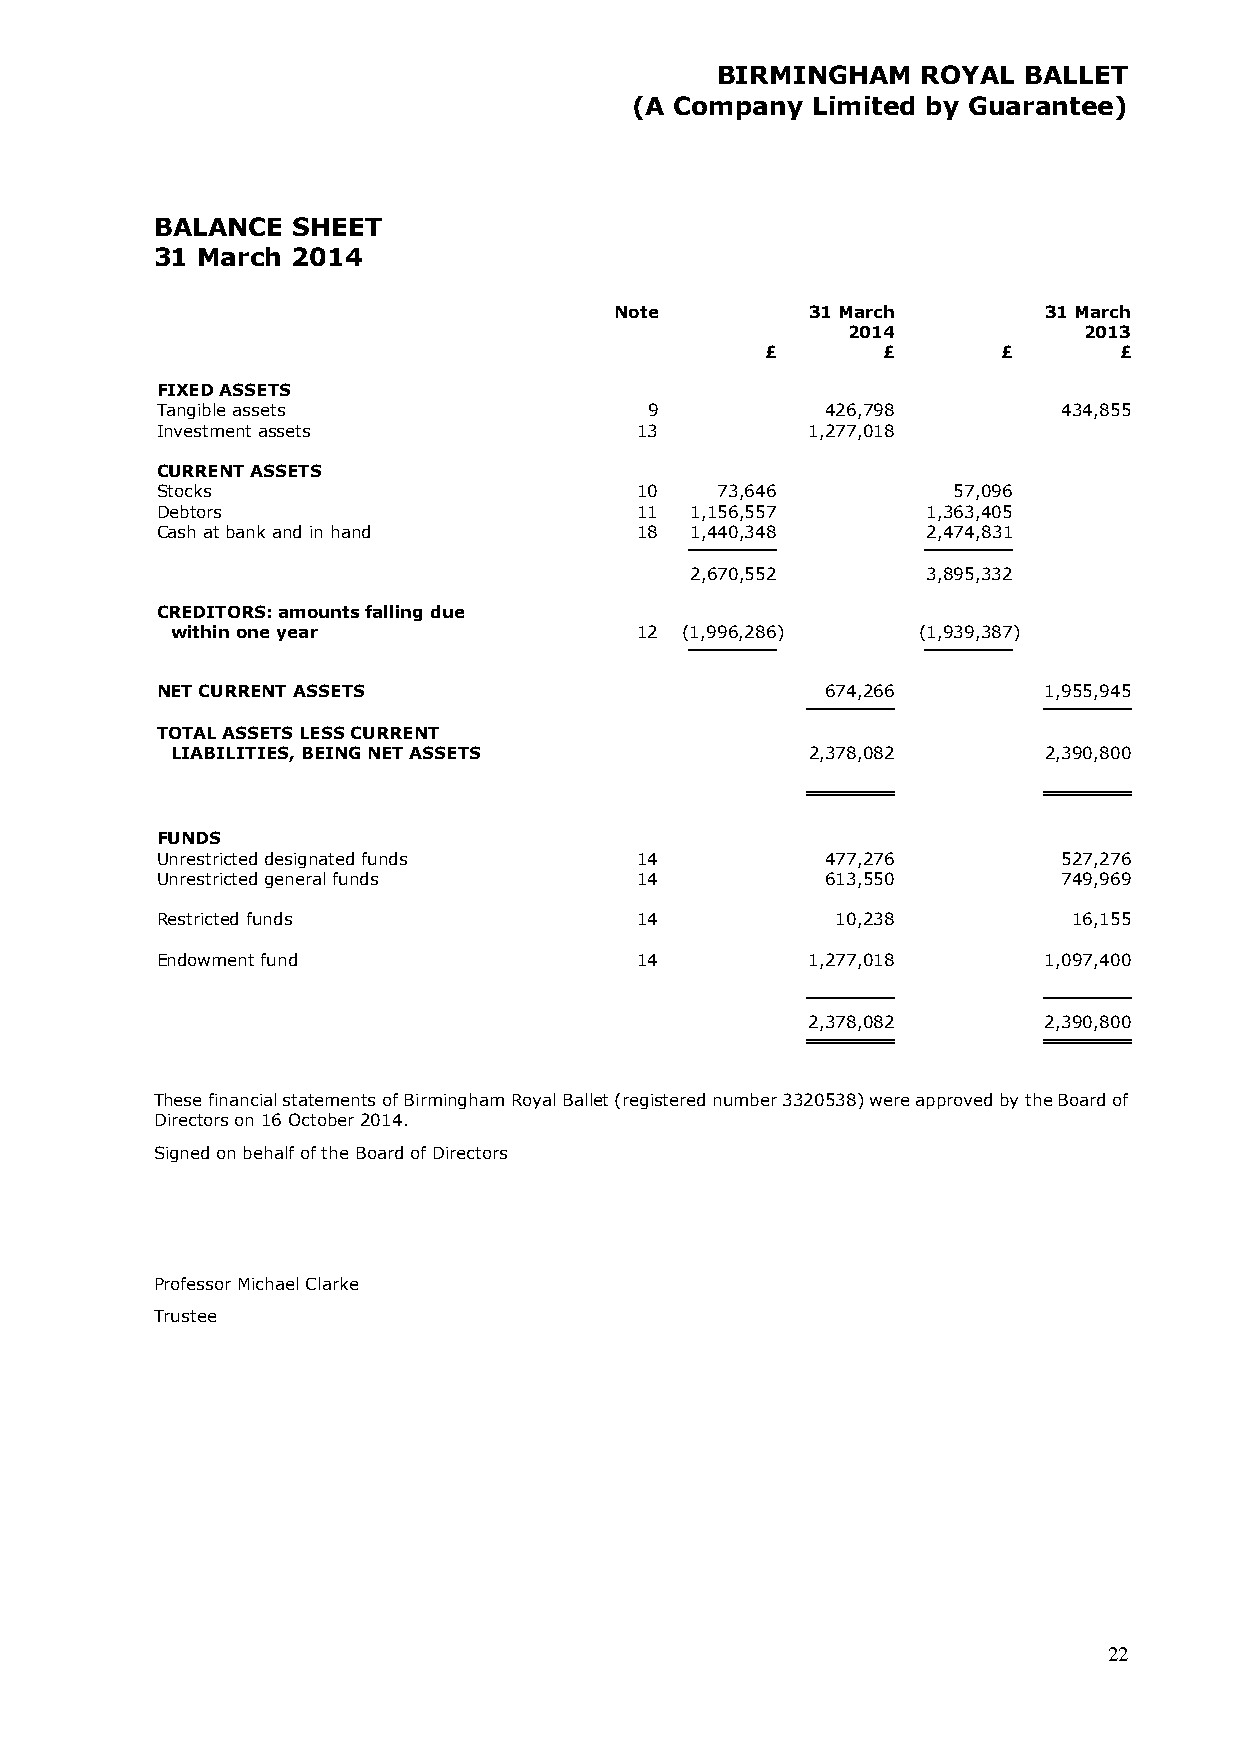
BIRMINGHAM    ROYAL  BALLET
 (A Company  Limited by Guarantee)
 BALANCE  SHEET
 31 March 2014
 Note         31 March       31 March
 2014            2013
 £      £       £       £
 FIXED ASSETS
 Tangible assets                  9           426,798        434,855
 Investment assets               13          1,277,018
 CURRENT ASSETS
 Stocks                          10    73,646         57,096
 Debtors                         11  1,156,557      1,363,405
 Cash at bank and in hand        18  1,440,348      2,474,831
 2,670,552      3,895,332
 CREDITORS: amounts falling due
 within one year                12 (1,996,286)     (1,939,387)
 NET CURRENT ASSETS                           674,266       1,955,945
 TOTAL ASSETS LESS CURRENT
 LIABILITIES, BEING NET ASSETS              2,378,082      2,390,800
 FUNDS
 Unrestricted designated funds   14           477,276        527,276
 Unrestricted general funds      14           613,550        749,969
 Restricted funds                14           10,238          16,155
 Endowment fund                  14          1,277,018      1,097,400
 2,378,082      2,390,800
 These financial statements of Birmingham Royal Ballet (registered number 3320538) were approved by the Board of
 Directors on 16 October 2014.
 Signed on behalf of the Board of Directors
 Professor Michael Clarke
 Trustee
 22